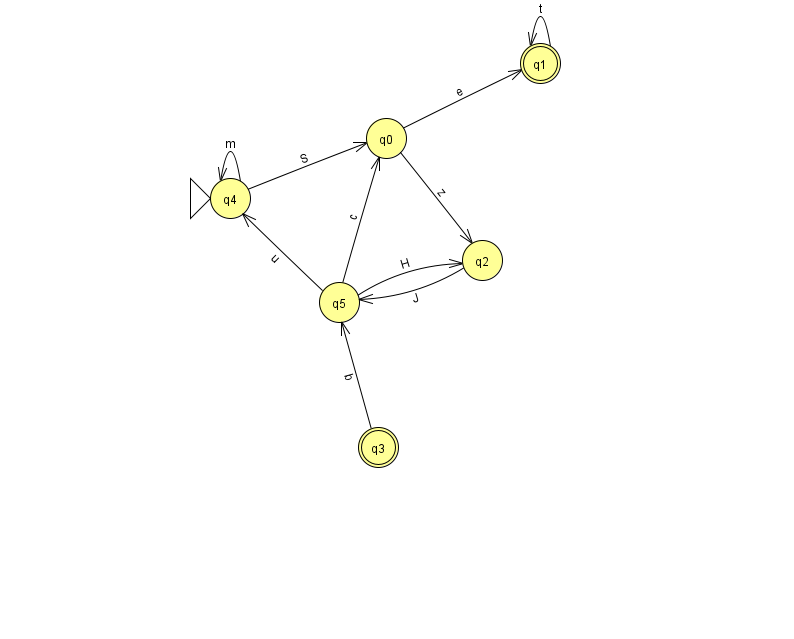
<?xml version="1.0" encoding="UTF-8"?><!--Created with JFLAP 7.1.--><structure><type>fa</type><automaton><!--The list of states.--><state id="0" name="q0"><x>386.0</x><y>125.0</y></state><state id="1" name="q1"><x>540.0</x><y>50.0</y><final/></state><state id="2" name="q2"><x>482.0</x><y>247.0</y></state><state id="3" name="q3"><x>378.0</x><y>434.0</y><final/></state><state id="4" name="q4"><x>230.0</x><y>185.0</y><initial/></state><state id="5" name="q5"><x>339.0</x><y>289.0</y></state><!--The list of transitions.--><transition><from>5</from><to>0</to><read>c</read></transition><transition><from>1</from><to>1</to><read>t</read></transition><transition><from>3</from><to>5</to><read>b</read></transition><transition><from>0</from><to>1</to><read>e</read></transition><transition><from>0</from><to>2</to><read>z</read></transition><transition><from>5</from><to>4</to><read>u</read></transition><transition><from>5</from><to>2</to><read>H</read></transition><transition><from>2</from><to>5</to><read>J</read></transition><transition><from>4</from><to>0</to><read>S</read></transition><transition><from>4</from><to>4</to><read>m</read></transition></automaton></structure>